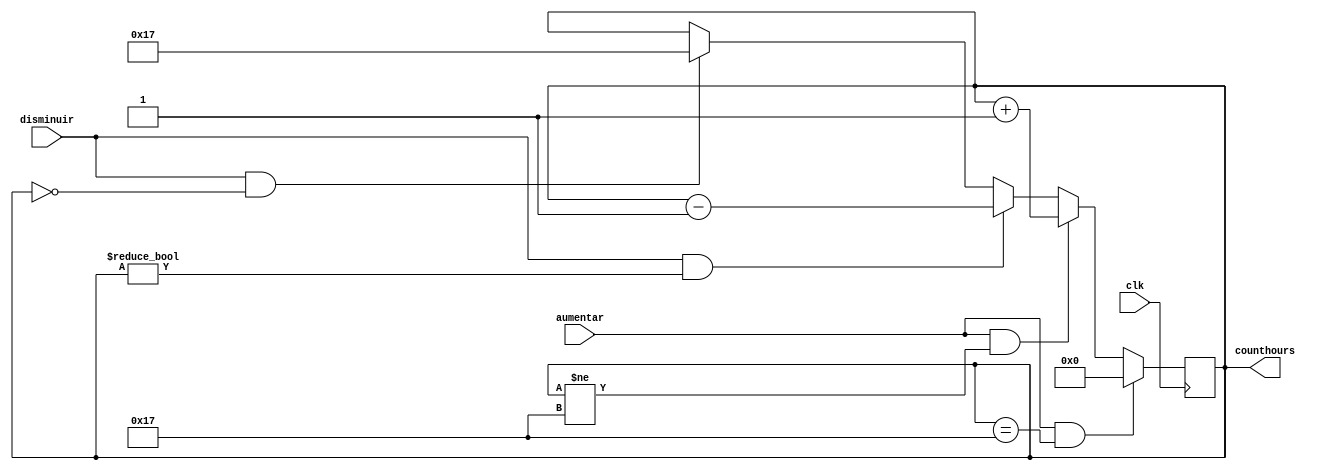
`timescale 1ns / 10ps

module counthours(
		input wire clk,
		input wire aumentar, disminuir,
		output reg [7:0] counthours
    );
	 
initial counthours = 0;
	
always @(posedge clk) begin
	if ((aumentar)&&(counthours == 23))
		counthours = 0;
	else if ((aumentar)&&(counthours != 23))
		counthours = counthours + 1'b1;
	else if ((disminuir)&&(counthours != 0)) 
		counthours = counthours - 1'b1;
	else if ((disminuir)&&(counthours == 0))
		counthours = 23;
end
endmodule